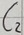
Text: C2